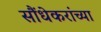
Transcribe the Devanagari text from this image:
सौंधेकरांच्या